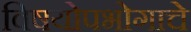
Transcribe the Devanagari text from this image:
विषयोपभोगाचे